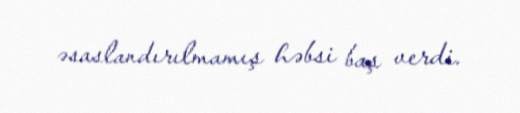
əsaslandırılmamış həbsi baş verdi.